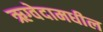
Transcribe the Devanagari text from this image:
ऋग्वेदामधील